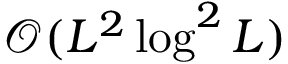
\mathcal { O } ( L ^ { 2 } \log ^ { 2 } L )